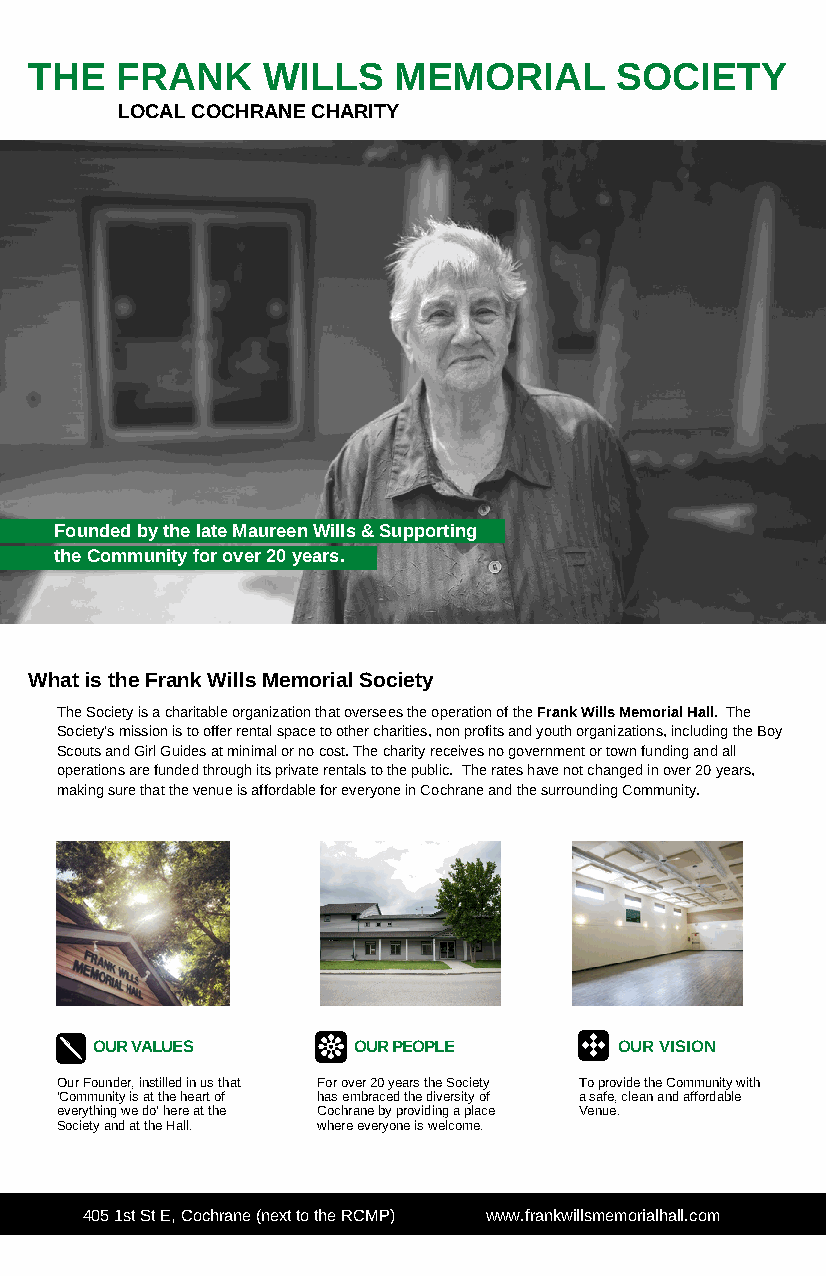
THE   FRANK    WILLS    MEMORIAL       SOCIETY
 LOCAL COCHRANE CHARITY
 Founded by the late Maureen Wills & Supporting
 the Community for over 20 years.
 What is the Frank Wills Memorial Society
 The Society is a charitable organization that oversees the operation of the Frank Wills Memorial Hall. The
 Society's mission is to offer rental space to other charities, non profits and youth organizations, including the Boy
 Scouts and Girl Guides at minimal or no cost. The charity receives no government or town funding and all
 operations are funded through its private rentals to the public. The rates have not changed in over 20 years,
 making sure that the venue is affordable for everyone in Cochrane and the surrounding Community.
 OUR VALUES       OUR PEOPLE        OUR VISION
 Our Founder, instilled in us that For over 20 years the Society To provide the Community with
 'Community is at the heart of has embraced the diversity of a safe, clean and affordable
 everything we do' here at the Cochrane by providing a place Venue.
 Society and at the Hall. where everyone is welcome.
 405 1st St E, Cochrane (next to the RCMP) www.frankwillsmemorialhall.com